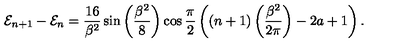
{ \cal E } _ { n + 1 } - { \cal E } _ { n } = \frac { 1 6 } { \beta ^ { 2 } } \sin \left( \frac { \beta ^ { 2 } } { 8 } \right) \cos \frac { \pi } { 2 } \left( \left( n + 1 \right) \left( \frac { \beta ^ { 2 } } { 2 \pi } \right) - 2 a + 1 \right) .